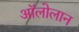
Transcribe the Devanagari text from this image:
अॉलोलान